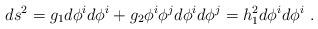
LaTeX: \begin{align*}ds^2 = g_1 d \phi^i d \phi^i + g_2 \phi^i \phi^j d \phi^i d \phi^j = h_1^2 d \phi^i d \phi^i ~.\end{align*}